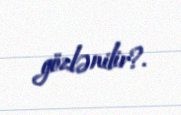
gözlənilir?.